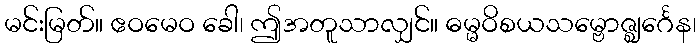
မင်းမြတ်။ ဧဝမေဝ ခေါ၊ ဤအတူသာလျှင်။ ဓမ္မဝိစယသမ္ဗောဇ္ဈင်္ဂေန၊